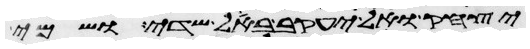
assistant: יצחק ואל יעקב באל שדי ושמי